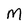
Character: M